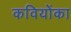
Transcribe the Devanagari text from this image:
कवियोंका